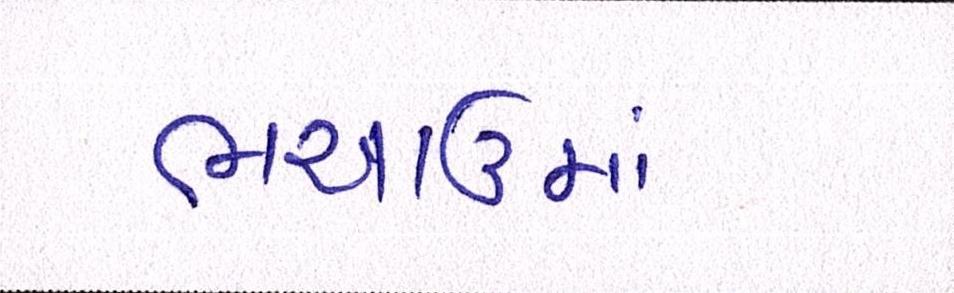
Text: ભચાઉમાં